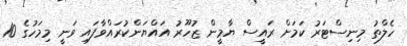
ހެލްތު މިނިސްޓަރު ކަމަށް ރައީސް ޔާމީން ޒުހޫރު އައްޔަންކުރައްވާފައި ވަނީ މިމަހުގެ 10